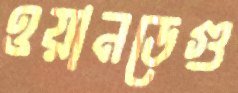
ওয়ানডেগু